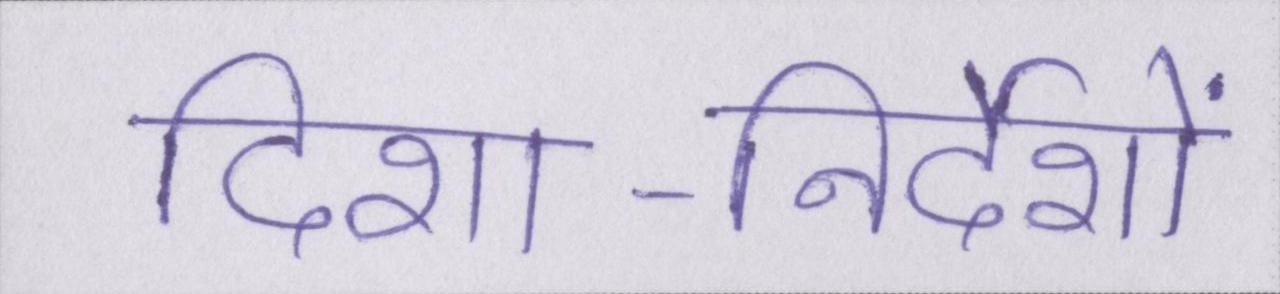
दिशा-निर्देशों